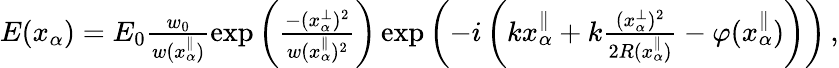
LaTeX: \begin{array}{r}{E(x_{\alpha})=E_{0}\frac{w_{0}}{w(x_{\alpha}^{\parallel})}\exp\left(\frac{-(x_{\alpha}^{\perp})^{2}}{w(x_{\alpha}^{\parallel})^{2}}\right)\exp\left(-i\left(kx_{\alpha}^{\parallel}+k\frac{(x_{\alpha}^{\perp})^{2}}{2R(x_{\alpha}^{\parallel})}-\varphi(x_{\alpha}^{\parallel})\right)\right)\, ,}\end{array}